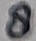
Text: 8